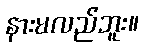
နားမလည်ဘူး။